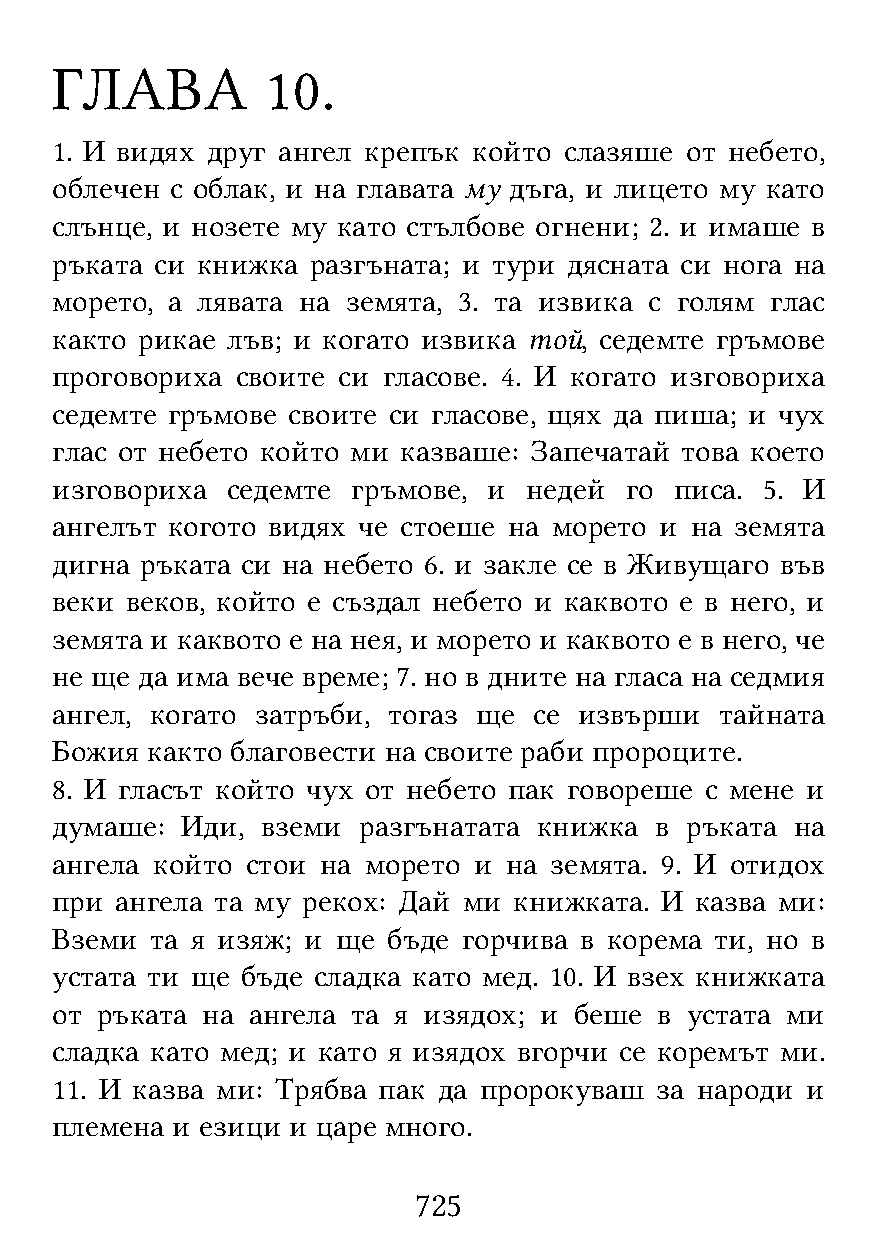
ГЛАВА          10.
 1. И видях друг ангел крепък който слазяше от небето,
 облечен с облак, и на главата му дъга, и лицето му като
 слънце, и нозете му като стълбове огнени; 2. и имаше в
 ръката си книжка  разгъната; и тури дясната си нога на
 морето, а лявата на земята, 3. та извика с голям глас
 както рикае лъв; и когато извика той, седемте гръмове
 проговориха  своите си гласове. 4. И когато изговориха
 седемте гръмове своите си гласове, щях да пиша; и чух
 глас от небето който ми казваше: Запечатай това което
 изговориха  седемте гръмове, и  недей го  писа. 5. И
 ангелът когото видях че стоеше на морето и на земята
 дигна ръката си на небето 6. и закле се в Живущаго във
 веки веков, който е създал небето и каквото е в него, и
 земята и каквото е на нея, и морето и каквото е в него, че
 не ще да има вече време; 7. но в дните на гласа на седмия
 ангел, когато затръби, тогаз ще се извърши   тайната
 Божия  както благовести на своите раби пророците.
 8. И гласът който чух от небето пак говореше с мене и
 думаше:  Иди, вземи  разгънатата книжка в ръката  на
 ангела който стои на морето и на земята. 9. И отидох
 при  ангела та му рекох: Дай ми книжката. И казва ми:
 Вземи  та я изяж; и ще бъде горчива в корема ти, но в
 устата ти ще бъде сладка като мед. 10. И взех книжката
 от ръката на ангела та я изядох; и беше  в устата ми
 сладка като мед; и като я изядох вгорчи се коремът ми.
 11. И казва ми: Трябва пак да пророкуваш за народи и
 племена и езици и царе много.
 725